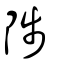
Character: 陟